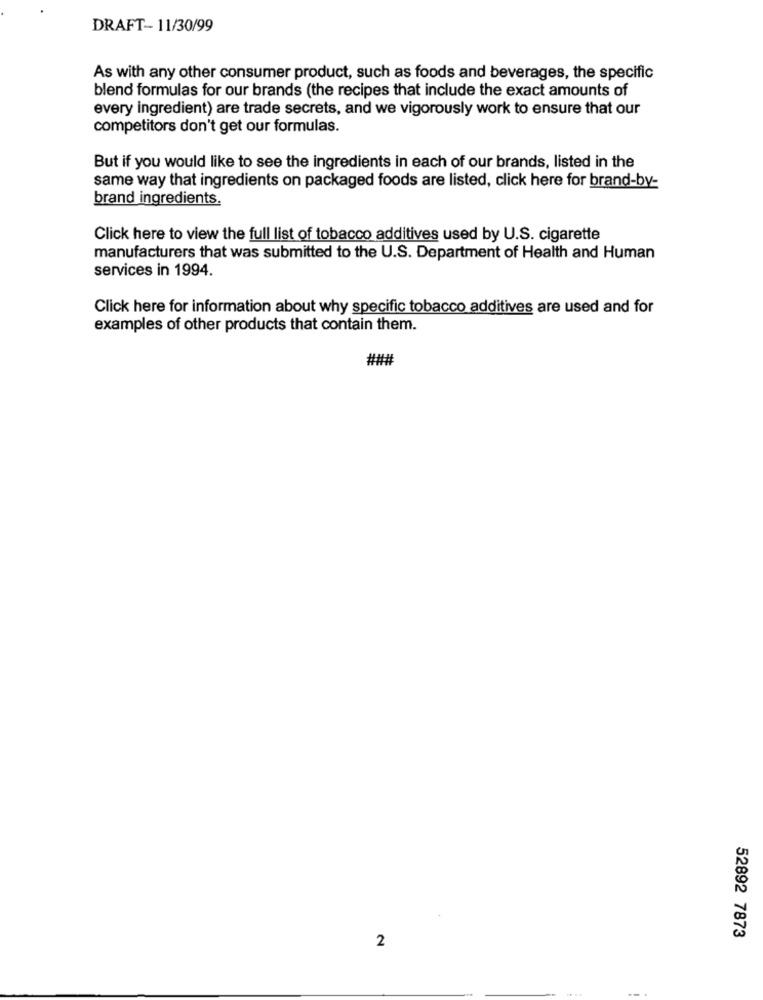
DRAFT- 11/30/99
As with any other consumer product, such as foods and beverages, the specific
blend formulas for our brands (the recipes that include the exact amounts of
every ingredient) are trade secrets, and we vigorously work to ensure that our
competitors don't get our formulas.
But if you would like to see the ingredients in each of our brands, listed in the
same way that ingredients on packaged foods are listed, click here for brand-by-
brand ingredients.
Click here to view the full list of tobacco additives used by U.S. cigarette
manufacturers that was submitted to the U.S. Department of Health and Human
services in 1994.
Click here for information about why specific tobacco additives are used and for
examples of other products that contain them.
###
52892 7873
2